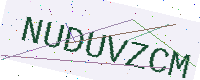
Text: NUDUVZCM